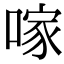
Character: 𠺢